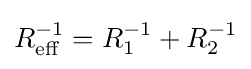
R_{\rm {eff}}^{-1}=R_{1}^{-1}+R_{2}^{-1}